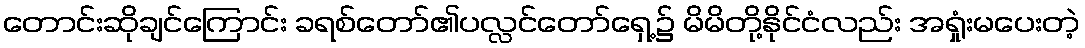
တောင်းဆိုချင်ကြောင်း ခရစ်တော်၏ပလ္လင်တော်ရှေ့၌ မိမိတို့နိုင်ငံလည်း အရှုံးမပေးတဲ့